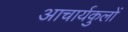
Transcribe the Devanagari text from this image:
आचार्यकुलों